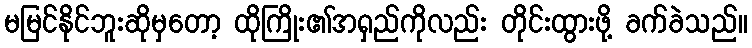
မမြင်နိုင်ဘူးဆိုမှတော့ ထိုကြိုး၏အရှည်ကိုလည်း တိုင်းထွားဖို့ ခက်ခဲသည်။